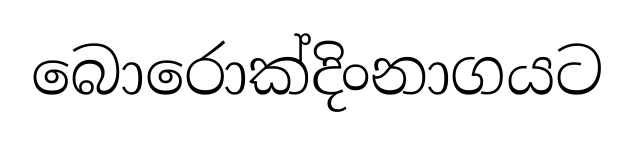
බොරොක්දිංනාගයට